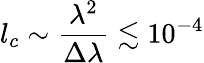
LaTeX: l_{c}\sim\frac{\lambda^{2}}{\Delta\lambda}\lesssim 10^{-4}